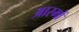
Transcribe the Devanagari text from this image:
आरमों